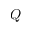
Q